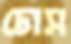
ঢোস